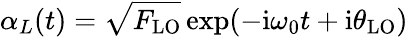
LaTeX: \alpha_{L}(t)=\sqrt{F_{\mathrm{LO}}}\exp(-\mathrm{i}\omega_{0}t+\mathrm{i}\theta_{\mathrm{LO}})